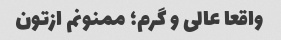
واقعا عالی و گرم؛ ممنونم ازتون